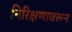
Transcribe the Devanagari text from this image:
निरिक्षणावरून